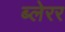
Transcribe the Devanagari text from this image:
ब्लेरर